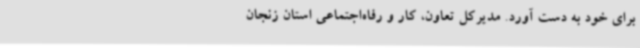
برای خود به دست آورد. مدیرکل تعاون، کار و رفاه‌اجتماعی استان زنجان